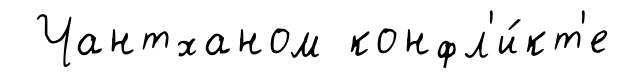
Чантханом конфл'и́кт'е